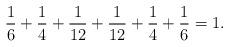
LaTeX: \begin{align*}\frac{1}{6}+\frac{1}{4}+\frac{1}{12}+\frac{1}{12}+\frac{1}{4}+\frac{1}{6}=1.\end{align*}